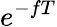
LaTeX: e^{-fT}